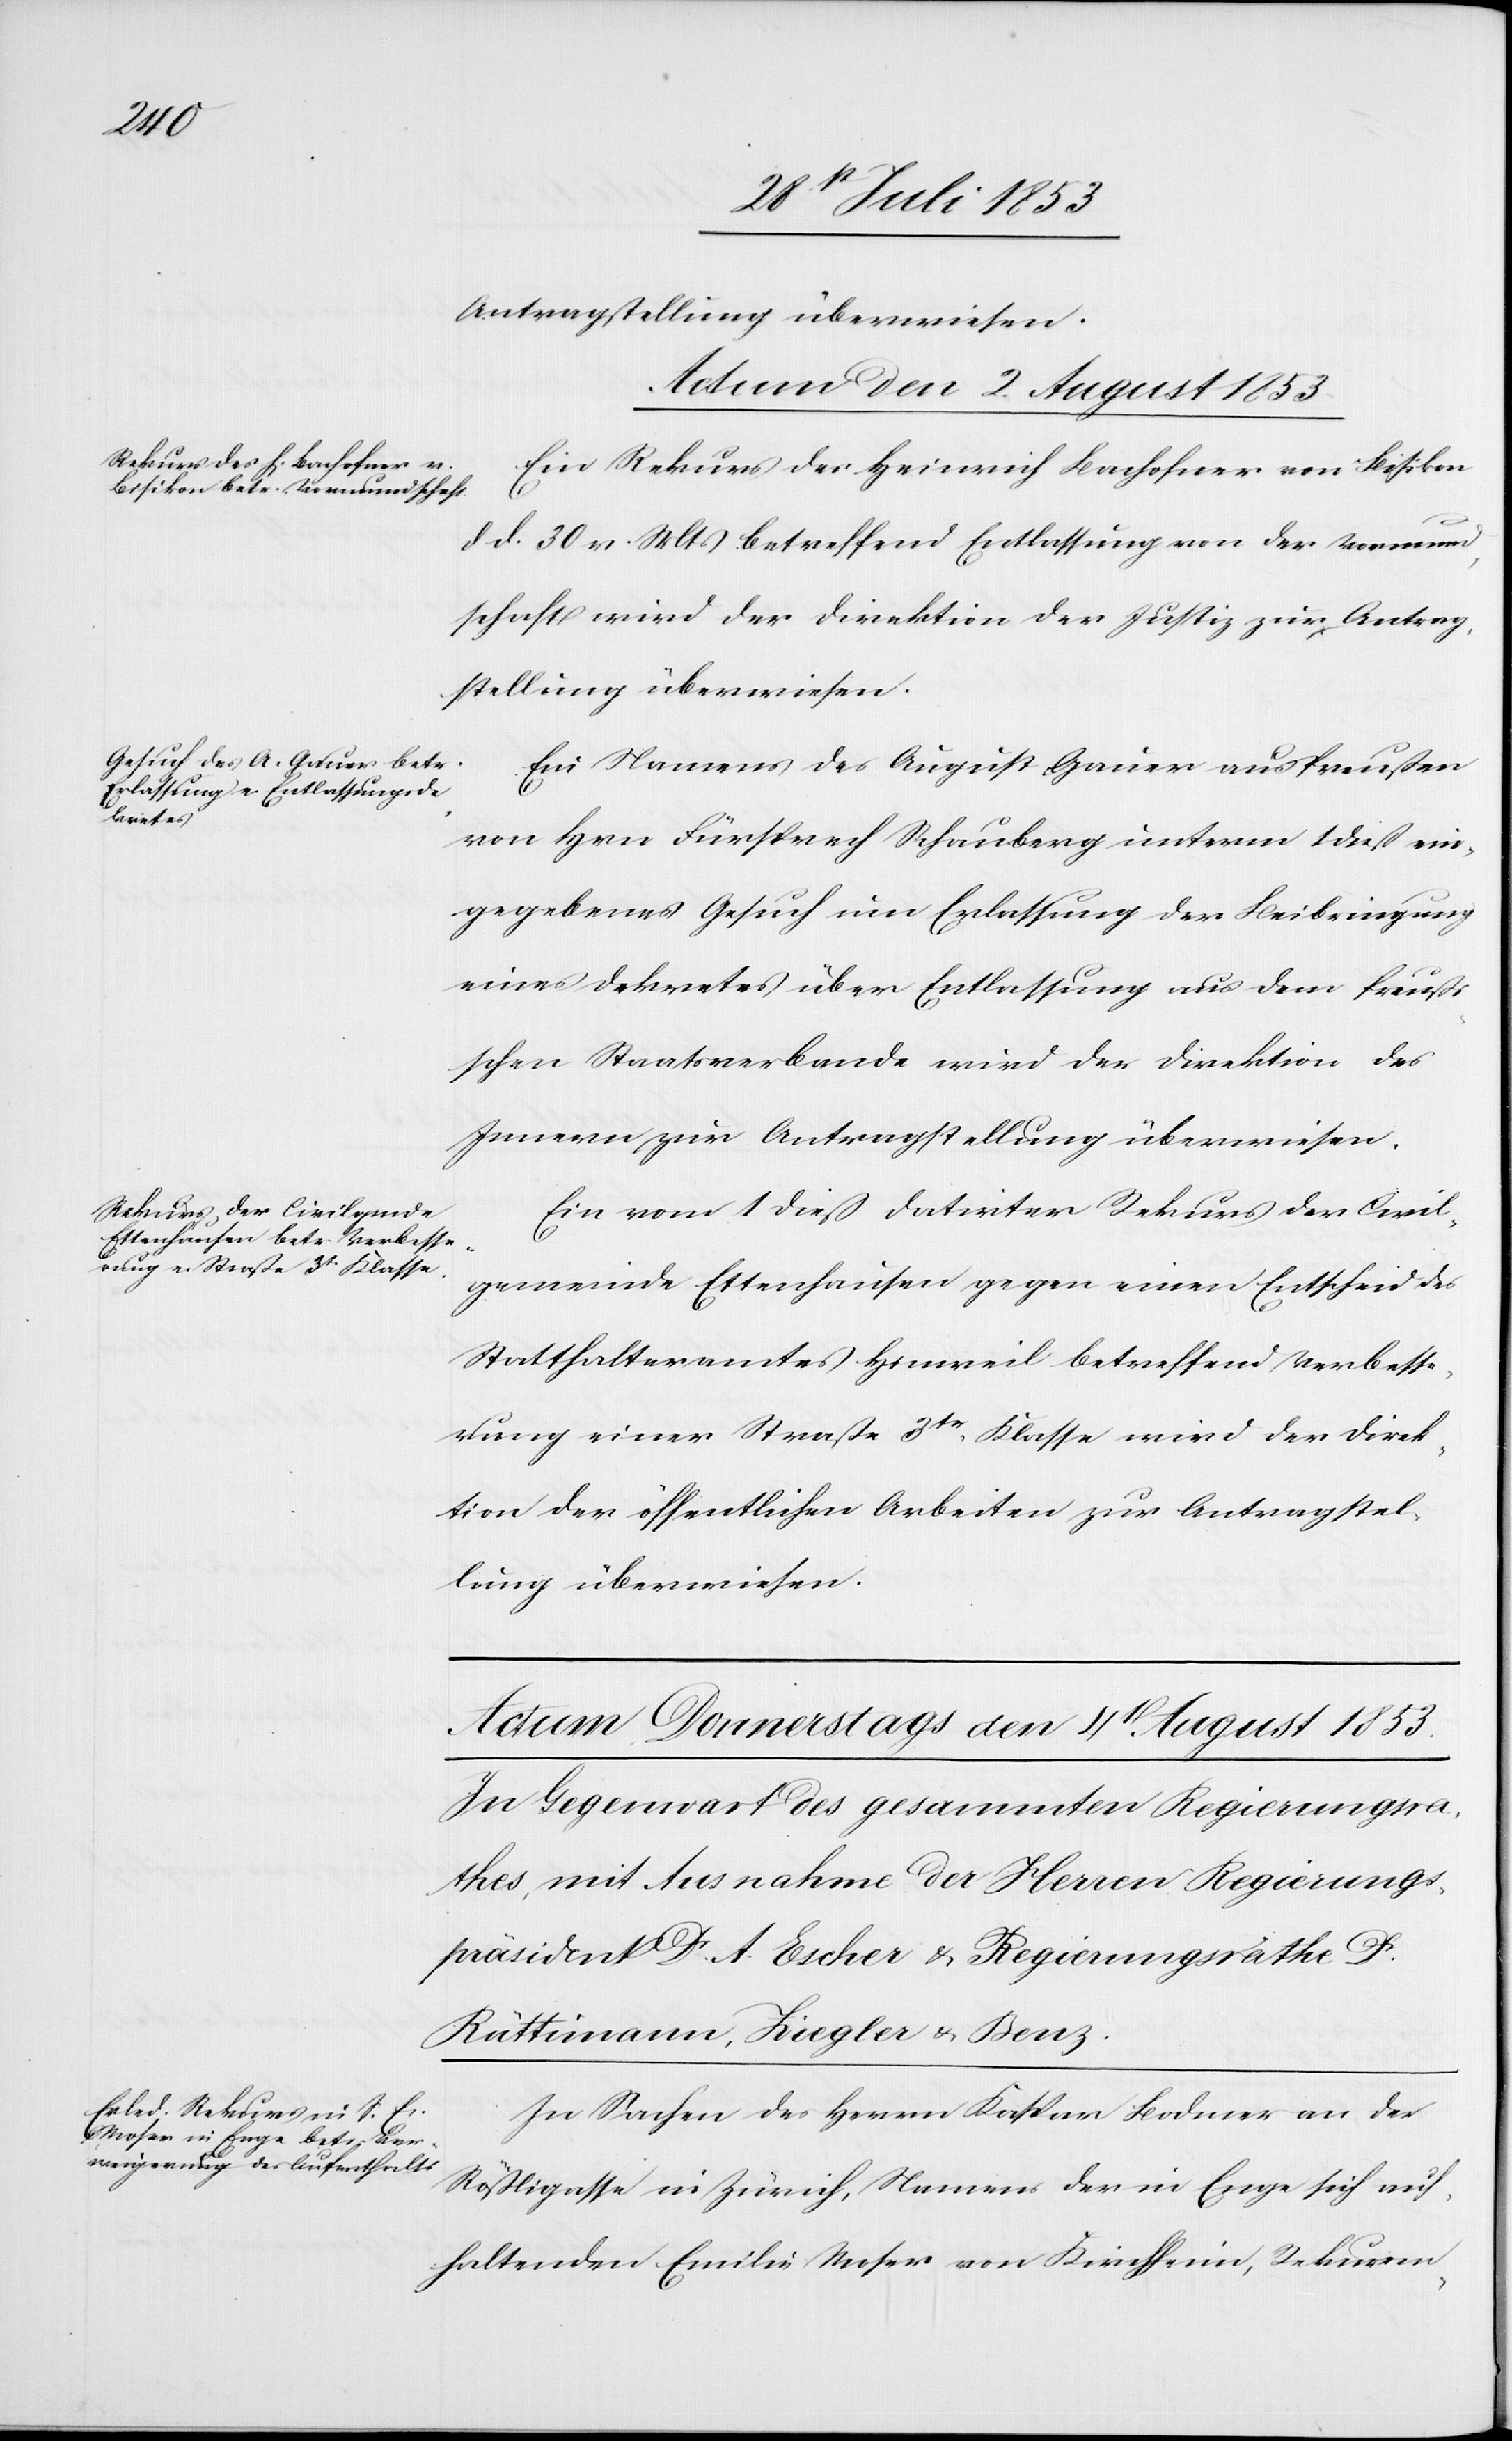
Verbesser¬

Antragstellung überwiesen.
Actum den 2. August 1853]
Ein Rekurs des Heinrich Bachofner von Bisikon
d. d. 30 v. Mts. betreffen Entlassung von de Vormund¬
schaft wird der Direktion der Justiz zur Antrag¬
stellung überwiesen.
Ein Namens des August Gauer aus Preußen
von Hrn Fürsprech Schauberg unterm 1 dieß ein¬
gegebenes Gesuch um Erlassung der Beibringung
eines Dekretes über Entlassung aus dem preußi¬
schen Staatsverbande wird der Direktion des
Innern zur Antragstellung überwiesen.
Ein vom 1 dieß datirter Rekurs der Civil¬
gemeinde Ettenhausen gegen Entscheid des Statthalter¬
ung einer Straße 3tr Klasse wird der Direk¬
tion der öffentlichen Arbeiten zur Antragstel¬
lung überwiesen.
In Sachen des Herrn Kaspar Bodmer an der
Stößligasse in Zürich, Namens der in Enge sich auf¬
haltenden Emilie Moser von Kirchheim, Rekurren-